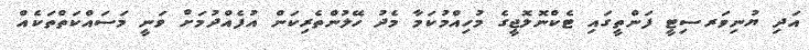
އަދި ޔުނިވަރސިޓީ ފަންތީގައި ޓެކްނޮލޮޖީގެ މުހިއްމުކަމާ މެދު ހޭލުންތެރިކަން އުފެއްދުމަށް ވަނީ މަސައްކަތްތަކެއް